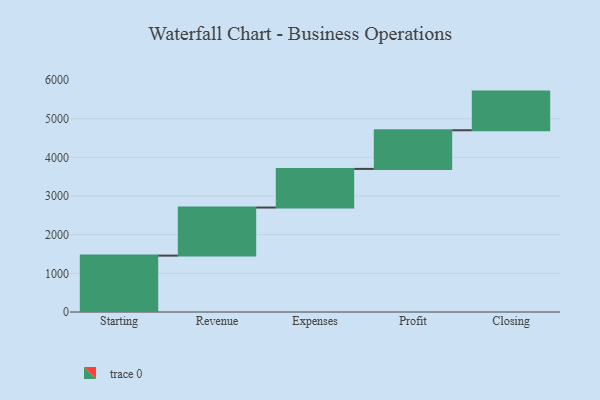
{"axis": {"x": "Step", "y": "Value"}, "legend": [""], "data": [{"x": "Starting", "y": 1459.0, "type": ""}, {"x": "Revenue", "y": 1244.0, "type": ""}, {"x": "Expenses", "y": 1000, "type": ""}, {"x": "Profit", "y": 1000, "type": ""}, {"x": "Closing", "y": 1000, "type": ""}]}